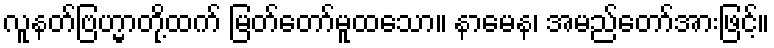
လူနတ်ဗြဟ္မာတို့ထက် မြတ်တော်မူထသော။ နာမေန၊ အမည်တော်အားဖြင့်။